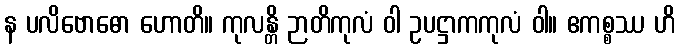
န ပလိဗောဓော ဟောတိ။ ကုလန္တိ ဉာတိကုလံ ဝါ ဥပဋ္ဌာကကုလံ ဝါ။ ဧကစ္စဿ ဟိ